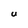
Character: U